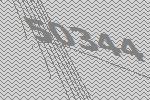
50344